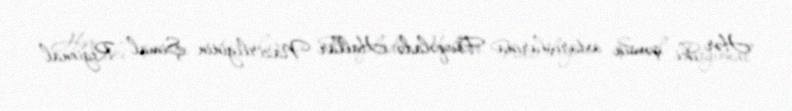
Hər iki şəxsin axtarışlarına Fövqəladə Hallar Nazirliyinin Şimal Regional